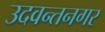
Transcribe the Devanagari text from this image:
उदवन्तनगर